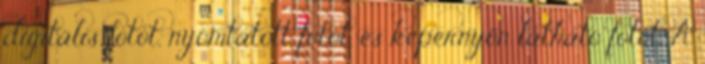
digitális fotót, nyomtatott fotót, és képernyőn látható fotót. A